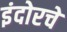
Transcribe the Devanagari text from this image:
इंदोरचे